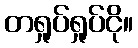
တရှုပ်ရှုပ်ငို။